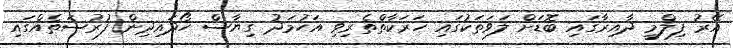
އޭރު ފިލްމީ ދާއިރާގައި ބޮޑަށް ލަވަތަކުގައި ހަރަކާތްތެރިވި އަހުމަދު ގިޔާސް ހޯދައިދިން ފުރުސަތެއްގައި